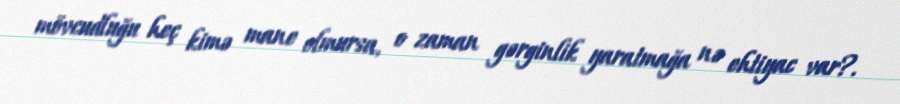
mövcudluğu heç kimə mane olmursa, o zaman gərginlik yaratmağa nə ehtiyac var?.